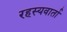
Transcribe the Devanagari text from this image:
रहस्यवार्ता